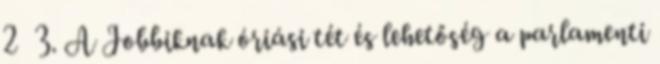
2 3. A Jobbiknak óriási tét és lehetőség a parlamenti